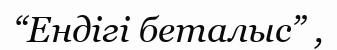
“Ендігі беталыс” ,